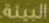
البيئة